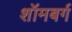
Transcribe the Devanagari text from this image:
शॉमबर्ग